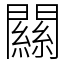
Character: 𨶹